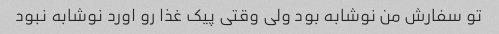
تو سفارش من نوشابه بود ولی وقتی پیک غذا رو اورد نوشابه نبود